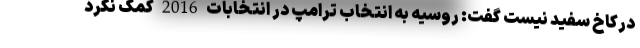
درکاخ سفید نیست گفت: روسیه به انتخاب ترامپ در انتخابات 2016 کمک نکرد